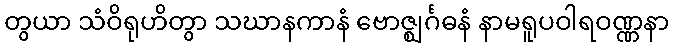
တွယာ သံဝိရုဟိတွာ သဃာနကာနံ ဗောဇ္ဈင်္ဂဓနံ နာမရူပဝါရဝဏ္ဏနာ